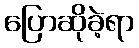
ပြောဆိုခဲ့ရာ